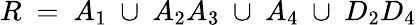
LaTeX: R~=~A_{1}~\cup~A_{2}A_{3}~\cup~A_{4}~\cup~D_{2}D_{4}